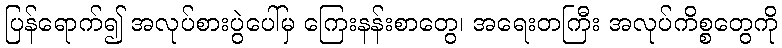
ပြန်ရောက်၍ အလုပ်စားပွဲပေါ်မှ ကြေးနန်းစာတွေ၊ အရေးတကြီး အလုပ်ကိစ္စတွေကို